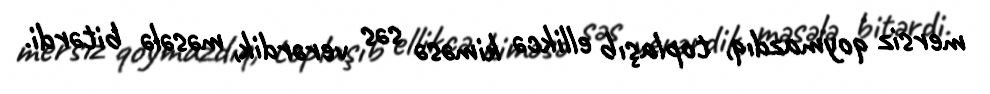
mersiz qoymazdıq, toplaşıb ellikcə kiməsə səs verərdik, məsələ bitərdi.